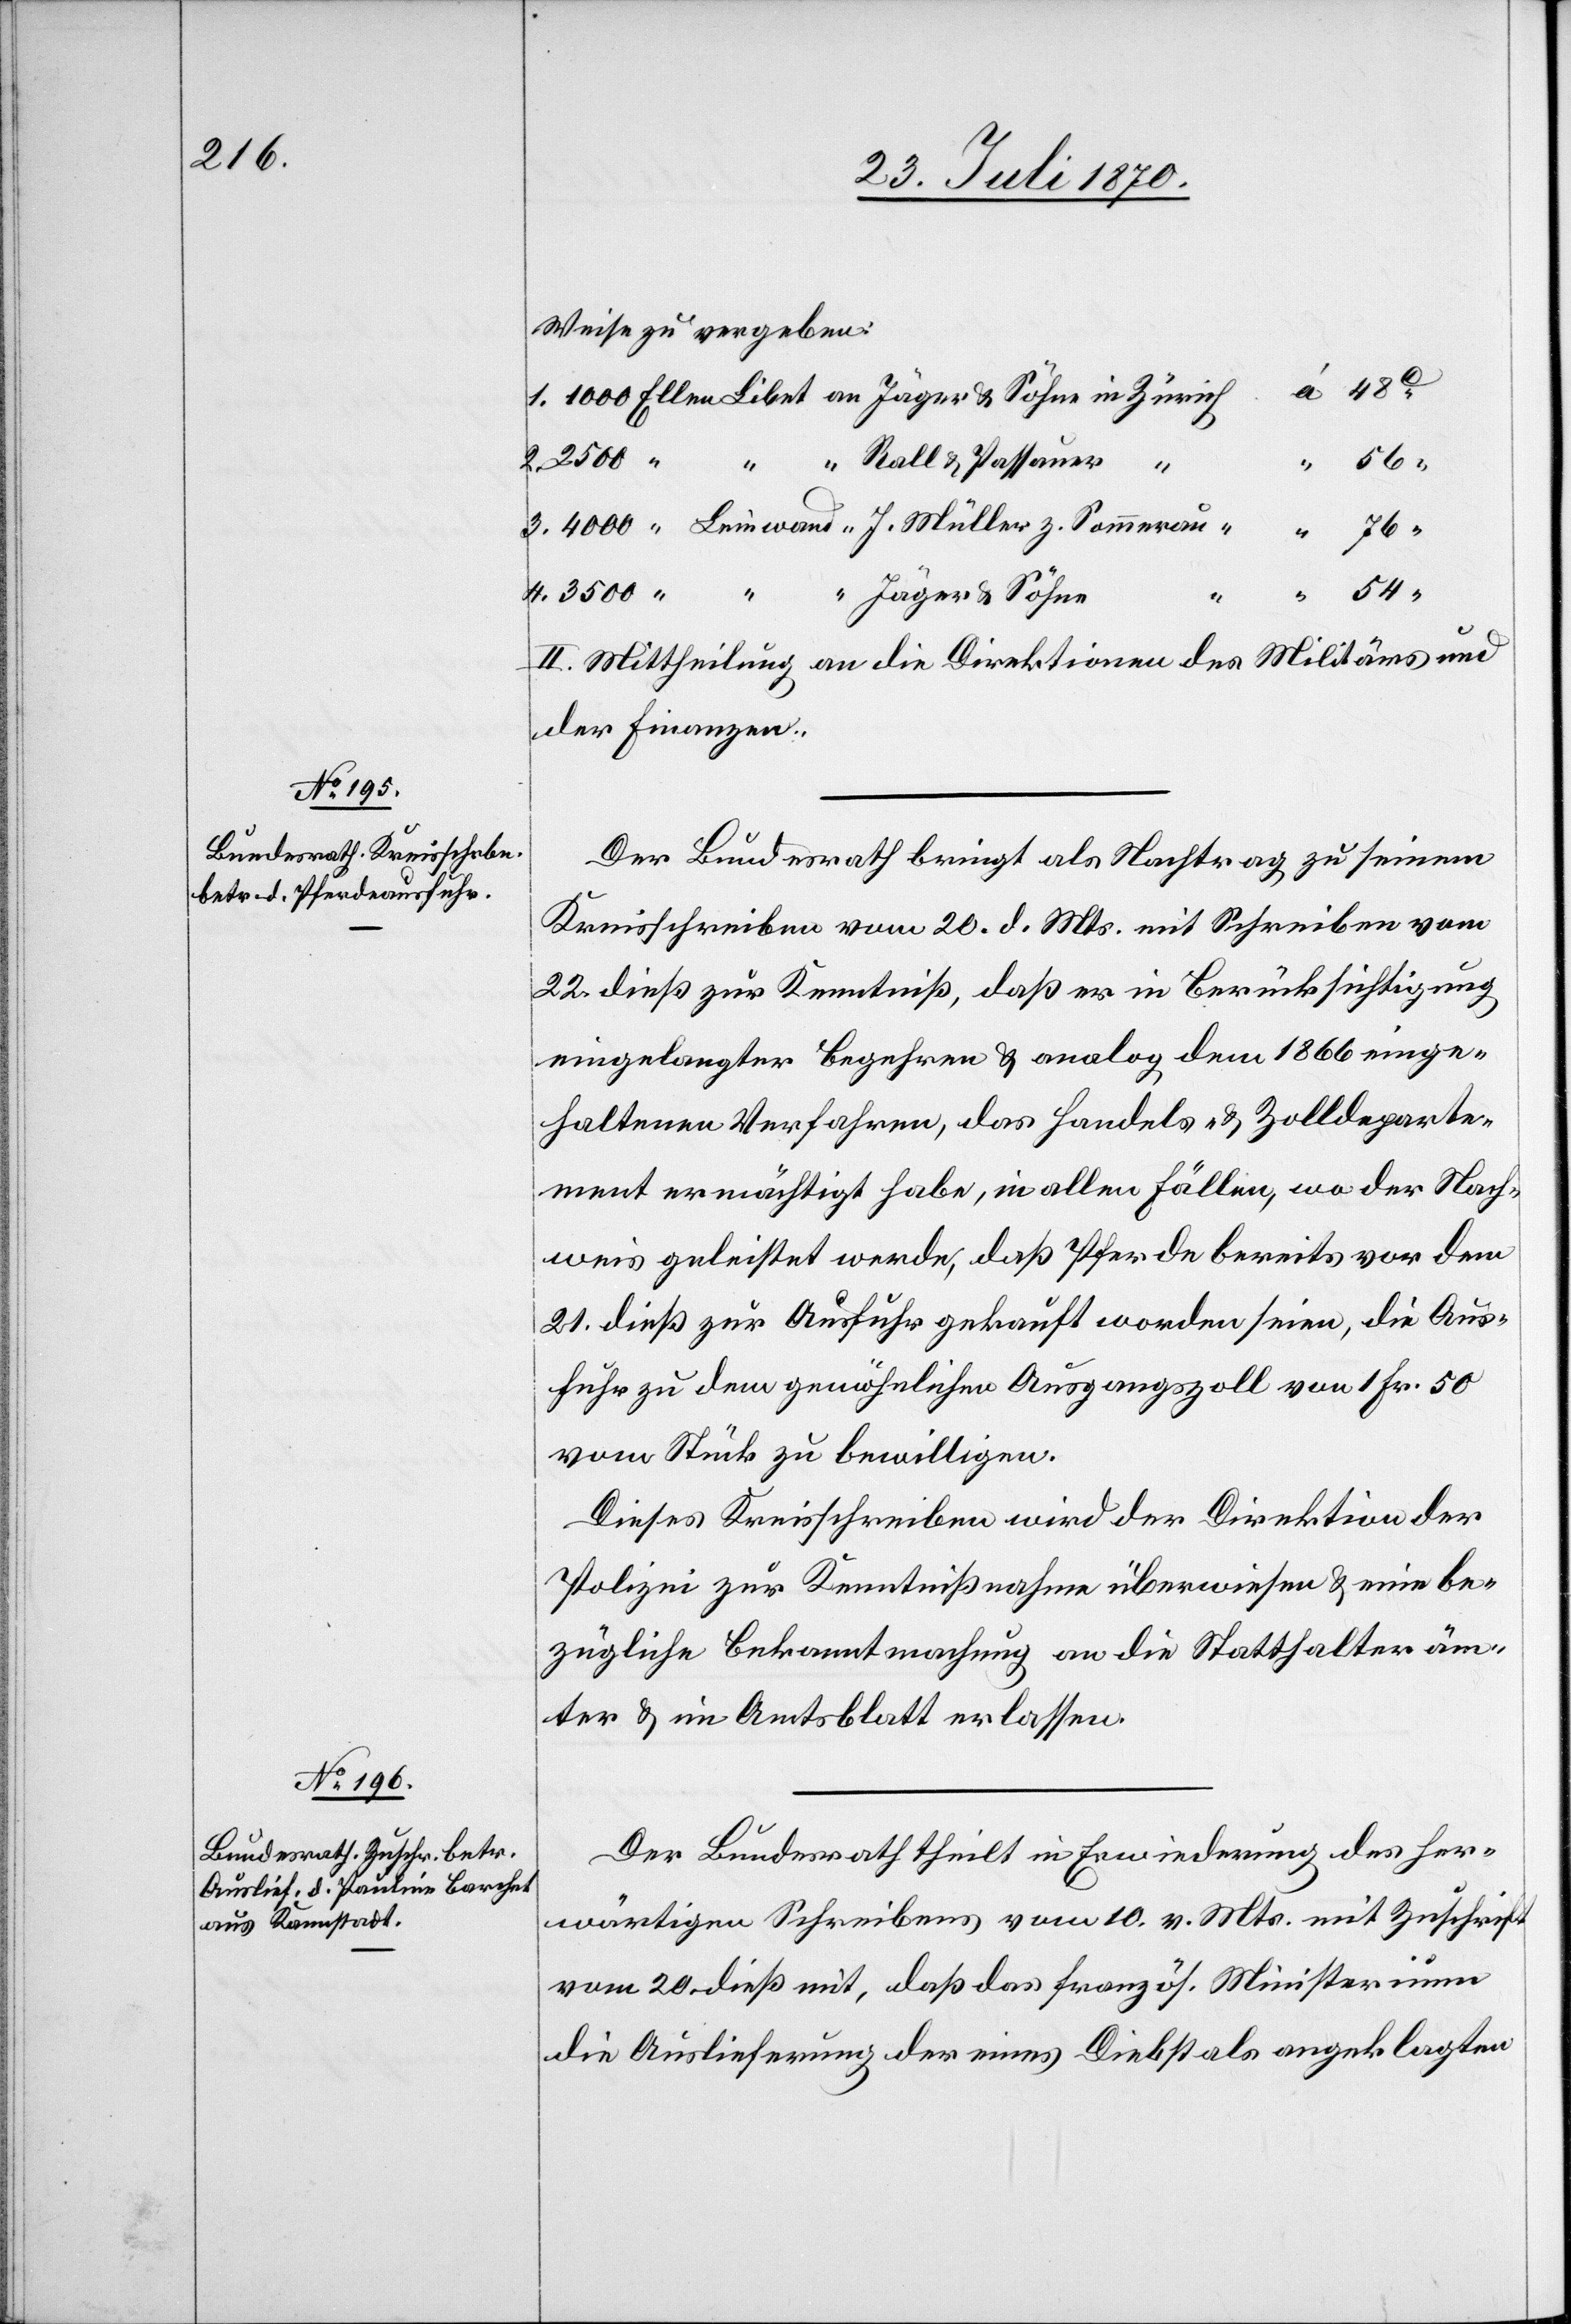
25. Juli 1870.]
Weise zu vergeben.
76
4.
54
“
II. Mittheilung an die Direktionen des Militärs und
der Finanzen.
Der Bundesrath bringt als Nachtrag zu seinem
Kreisschreiben vom 20. d. Mts. mit Schreiben vom
22. dieß zur Kenntniß, daß er in Berücksichtigung
eingelangter Begehren & analog dem 1866 einge¬
haltenen Verfahren, das Handels- & Zolldeparte¬
ment ermächtigt habe, in allen Fällen, wo der Nach¬
weis geleistet werde, daß Pferde bereits vor dem
21. dieß zur Ausfuhr gebracht worden seien, die Aus¬
fuhr zu dem gewöhnlichen Ausgangszoll von 1 Fr. 50
vom Stück zu bewilligten.
Dieses Kreisschreiben wird der Direktion der
Polizei zur Kenntnißnahme überwiesen & eine be¬
zügliche Bekanntmachung an die Statthalteräm¬
ter & im Amtsblatt erlassen.
Der Bundesrath theilt in Erwiederung des her¬
wärtigen Schreibens vom 10. v. Mts. mit Zuschrift
vom 20. dieß mit, daß das französ. Ministerium
die Auslieferung der eines Diebstals angeklagten